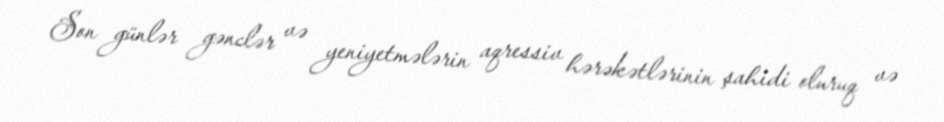
Son günlər gənclər və yeniyetmələrin aqressiv hərəkətlərinin şahidi oluruq və